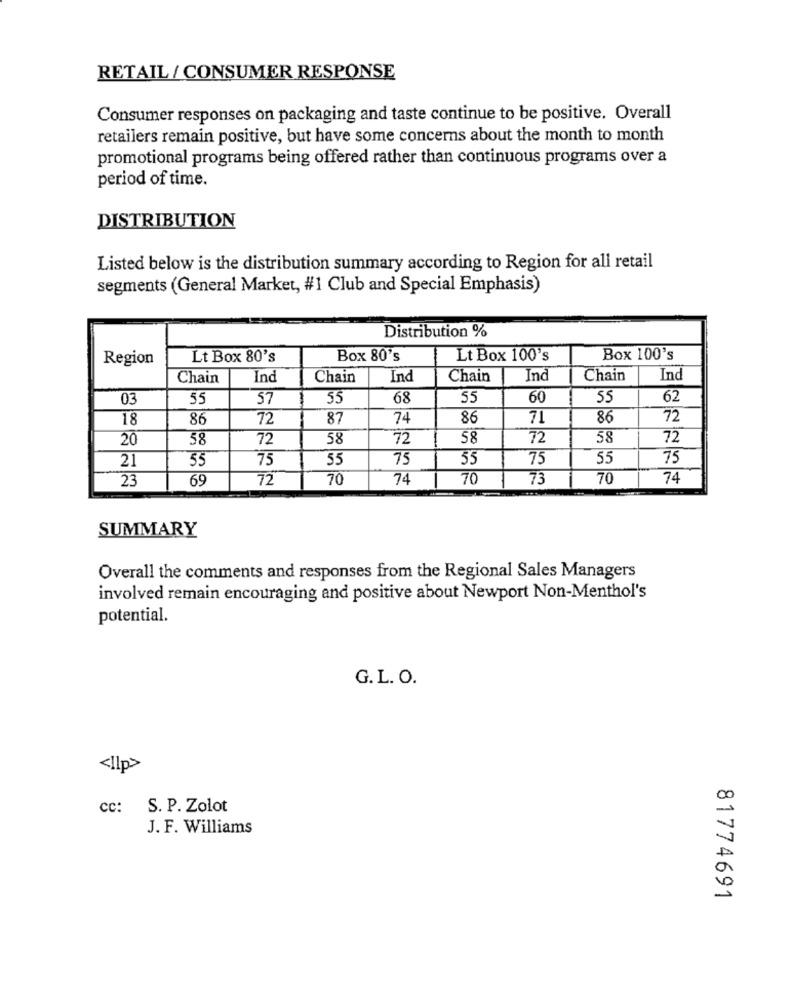
RETAIL / CONSUMER RESPONSE
Consumer responses on packaging and taste continue to be positive. Overall
retailers remain positive, but have some concerns about the month to month
promotional programs being offered rather than continuous programs over a
period of time.
DISTRIBUTION
Listed below is the distribution summary according to Region for all retail
segments (General Market, #1 Club and Special Emphasis)
Distribution %
Region
Lt Box 80's
Box 80's
Lt Box 100's
Box 100's
Chain
Ind
Chain
Ind
Chain
Ind
Chain
Ind
03
55
57
55
68
55
60
55
62
18
86
72
87
74
86
71
86
72
20
58
72
58
72
58
72
58
72
75
55
75
35
75
55
75
21
55
23
69
72
70
74
70
73
70
74
SUMMARY
Overall the comments and responses from the Regional Sales Managers
involved remain encouraging and positive about Newport Non-Menthol's
potential.
G.L. O.
<Ilp>
cc:
S. P. Zolot
J. F. Williams
81774691